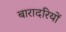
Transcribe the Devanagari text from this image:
बारादरियों